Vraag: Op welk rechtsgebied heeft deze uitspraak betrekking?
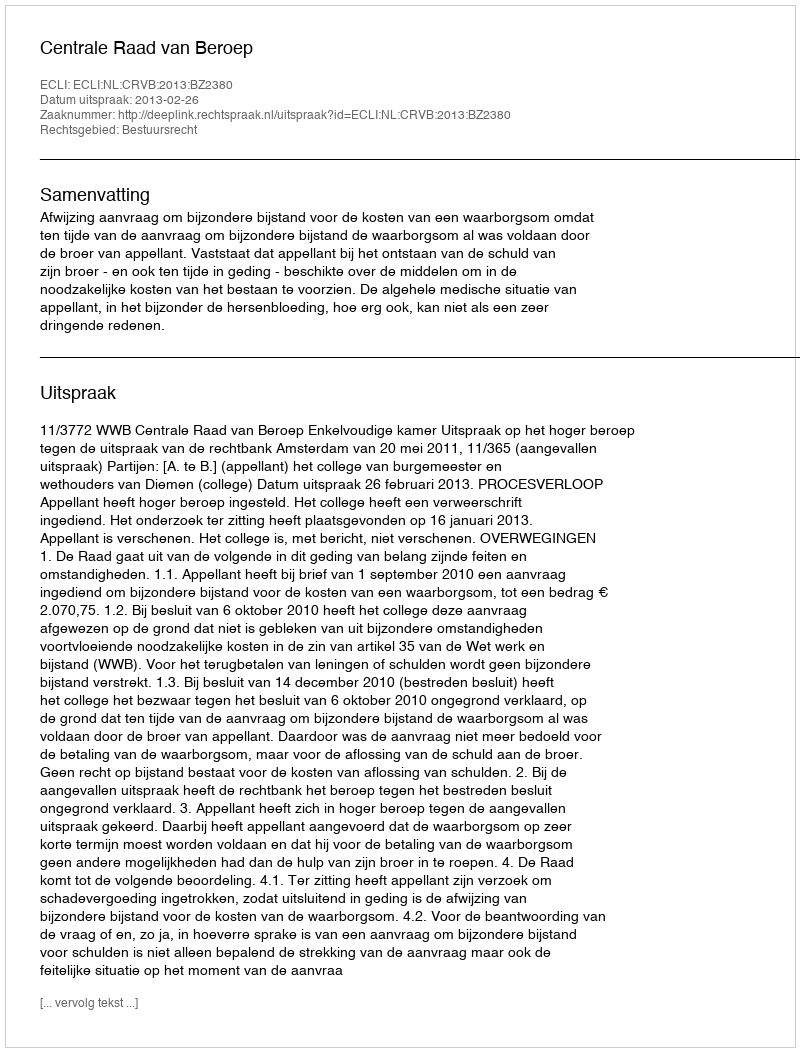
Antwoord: Bestuursrecht